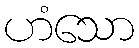
ဟံသော